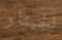
الجيتار